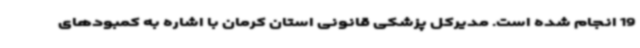
19 انجام شده است. مدیرکل پزشکی قانونی استان کرمان با اشاره به کمبودهای